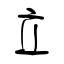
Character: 立